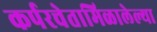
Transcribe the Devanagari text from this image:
कर्परचेतामिळालेल्या